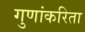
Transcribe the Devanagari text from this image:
गुणांकरिता